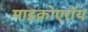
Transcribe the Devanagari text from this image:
माइक्रोएरॉय